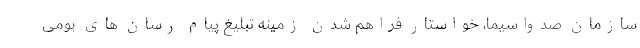
سازمان صدواسیما، خواستار فراهم شدن زمینه تبلیغ پیام رسان های بومی